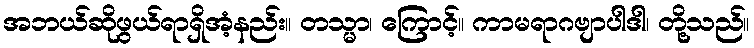
အဘယ်ဆိုဖွယ်ရာရှိအံ့နည်း။ တသ္မာ၊ ကြောင့်။ ကာမရာဂဗျာပါဒါ၊ တို့သည်။